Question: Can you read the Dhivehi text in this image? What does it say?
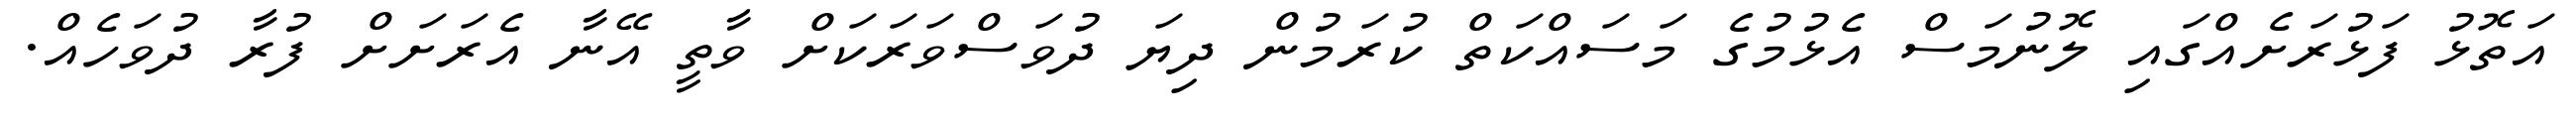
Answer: އަތޮޅު ފަޅުރަށެއްގައި ލޮނުމަސް އެޅުމުގެ މަސައްކަތް ކުރަމުން ދިޔަ ދުވަސްވަރަކަށް ވާތީ އޭނާ އެރަށަށް ފުރާ ދުވަހެއް.